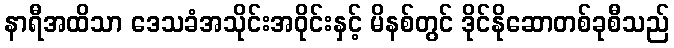
နာရီအထိသာ ဒေသခံအသိုင်းအဝိုင်းနှင့် မိနစ်တွင် ဒိုင်နိုဆောတစ်ခုစီသည်